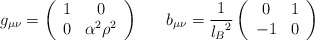
\begin{align*}g_{\mu\nu}=\left(\begin{array}{cc}1 & 0 \\0 & \alpha^2\rho^2 \end{array}\right) \ \ \ \ \ b_{\mu\nu}={1\over{l_B}^{2}}\left(\begin{array}{cc} 0 & 1 \\-1 & 0\end{array}\right)\end{align*}